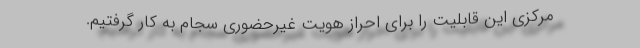
مرکزی این قابلیت را برای احراز هویت غیرحضوری سجام به کار گرفتیم.